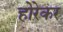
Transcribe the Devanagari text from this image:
होरेकर